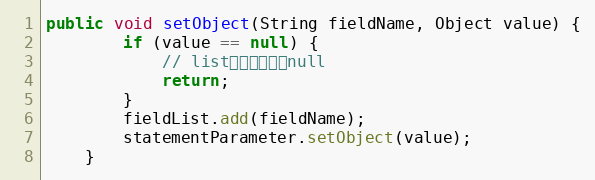
Language: Java
public void setObject(String fieldName, Object value) {
		if (value == null) {
			// list默认允许传入null
			return;
		}
		fieldList.add(fieldName);
		statementParameter.setObject(value);
	}